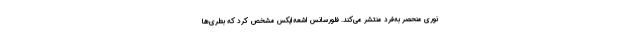
نوری منحصر به‌فرد منتشر می‌کند. فلورسانس اشعه‌ایکس مشخص کرد که بطری‌ها